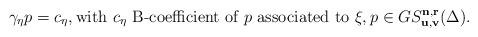
LaTeX: \begin{align*}\gamma_\eta p=c_\eta, \hbox{with}\,\, c_\eta\,\, \hbox{B-coefficient of $p$ associated to $\xi$}, p\in GS_{\bf u,v}^{\bf n,r}(\Delta). \end{align*}